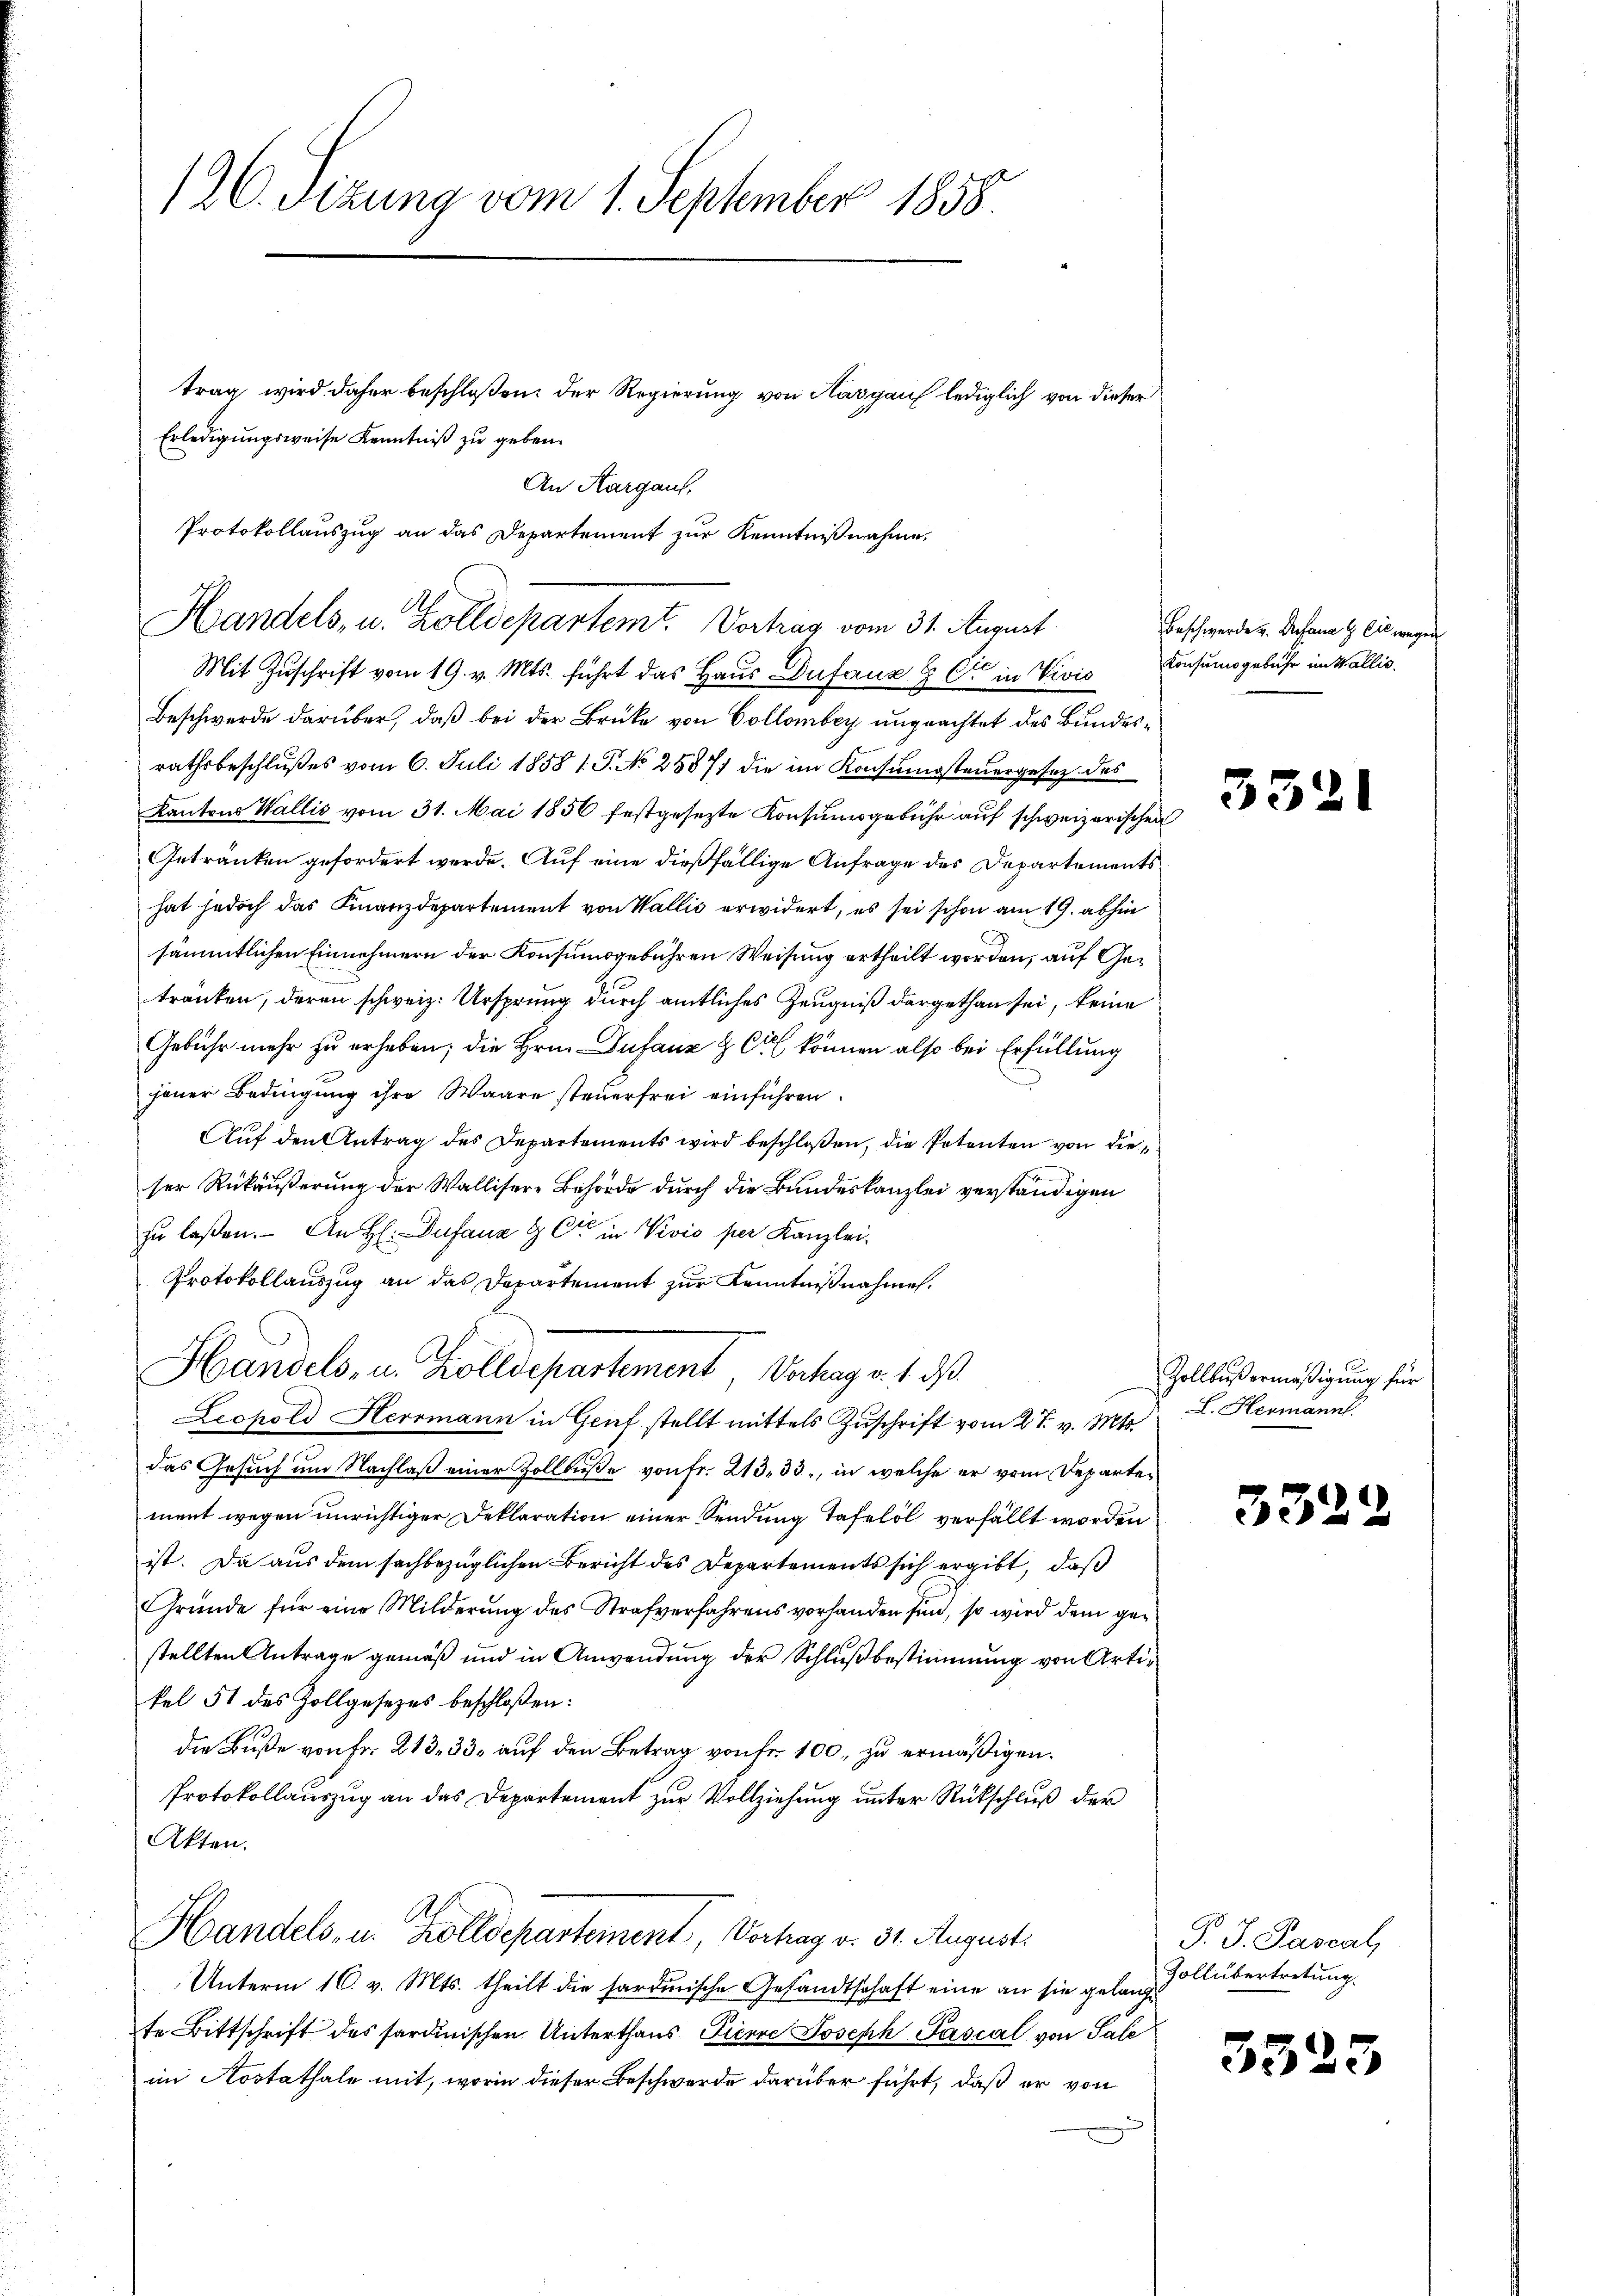
126. Sizung vom 1. September 1858.

trag wird daher beschloßen, der Regierung von Aargauf lediglich von dieser
Erledigungsweise Kenntniß zu geben.
An Aargaus,
Protokollauszug an das Departement zur Kenntnißnahme

Handels, u. Zolldepartemt. Vortrag vom 31. August

Mit Zuschrift vom 19. v. Mts. führt das Haus Dufauz H C in Vivis Konsumsgebühr im Wallis
Beschwerde darüber, daß bei der Brüke von Collombey ungeachtet des Bundesrathsbeschlußes vom 6. Juli 1858 1. P. No 28877 die im Konsumsteuergesetz des
Kantons Wallis vom 31. Mai 1856 festgesezte Konsumsgebühr auf schweizerischen
Getränken gefordert werde. Auf eine dießfällige Anfrage des Departementshat jedoch das Finanzdepartement von Wallis erwidert, es sei schon am 19. abhin
sämmtlichen Einnehmern der Konsumsgebühren Weisung ertheilt worden, auf Getranken, deren schweiz. Ursprung durch amtliches Zeugniß dargethan sei, keine
Gebühr mehr zu erheben; die Hrn. Dufauz & Cie können also bei Erfüllung
jener Bedingung ihre Waare steuerfrei einführen.
Auf den Antrag des Departements wird beschloßen, die Petenten von dieser Rükäußerung der Wallisere Behörde durch die Bundeskanzlei verständigen
zu laßen. An H: Dufana & Cie in Vivio per Kanzlei¬
Protokollauszug an das Departement zur Kenntnißnahmen.
Leopold Herrmann in Genf stellt mittels Zuschrift vom 27. v. Mts.
das Gesuch um Nachlaß einer Zollbuße von fr. 213. 33, in welche er vom Departement wegen unrichtiger Deklaration einer Sendung Tafelöl verfällt worden
ist. Da aus dem sachbezüglichen Bericht des Departements sich ergibt, daß
Gründe für eine Milderŭng des Strafverfahrens vorhanden sind, so wird dem gestellten Antrage gemäß und in Anwendung der Schlußbestimmung von Artikel 51 des Zollgesezes beschloßen:
die Buße von Fr. 213. 33. auf den Betrag von Fr. 100, zu ermäßigen.
Protokollauszug an das Departement zur Vollziehung unter Rückschluß der
Akten.
Handels- u. Zolldepartement, Vortrag v. 31. August.
Unterm 16. v. Mts. theilt die sardinische Gesandtschaft eine an sie gelangte Bittschrift des Sardinischen Unterthans Pierre Joseph Pascal von Sale
im Aostathale mit, worin dieser Beschwerde darüber führt, daß er von

Handels, u. Zolldepartement Verhaga. 1 d

Beschwerde u. Dufana G Cil weg

5521

Zollbuß ermäßigung für
L. Hermanns.

3322

P. J. Pascal
Zollübertretung.

3325